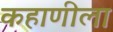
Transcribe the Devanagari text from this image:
कहाणीला